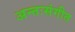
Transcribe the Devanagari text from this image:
अन्तःसंगीत